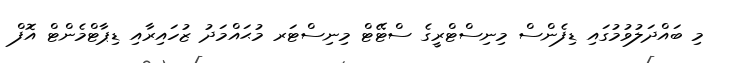
މި ބައްދަލުވުމުގައި ޑިފެންސް މިނިސްޓްރީގެ ސްޓޭޓް މިނިސްޓަރ މުޙައްމަދު ޒުހައިރާއި ޑިޕާޓްމެންޓް އޮފް